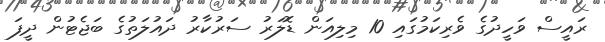
ރައީސް ވަހީދުގެ ވެރިކަމުގައި 10 މިލިއަން ޑޮލަރު ސަރުކާރު ދައުލަތުގެ ބަޖެޓުން ދީފަ